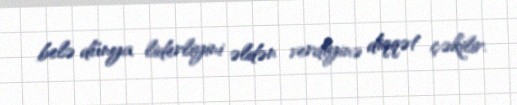
belə dünya liderliyini əldən verdiyinə diqqət çəkilir.